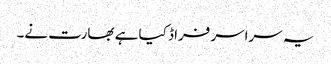
یہ سراسر فراڈ کیا ہے بھارت نے۔